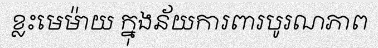
ខ្លះមេម៉ាយ ក្នុងន័យការពារបូរណភាព